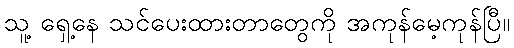
သူ့ ရှေ့နေ သင်ပေးထားတာတွေကို အကုန်မေ့ကုန်ပြီ။